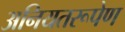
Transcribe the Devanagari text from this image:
अनियतरूपेण